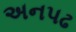
અનપઢ